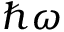
\hbar \omega